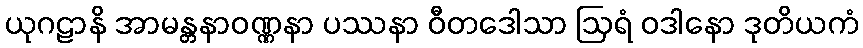
ယုဂဠာနိ အာမန္တနာဝဏ္ဏနာ ပဿနာ ဝီတဒေါသာ ဩရံ ဝဒါနော ဒုတိယကံ